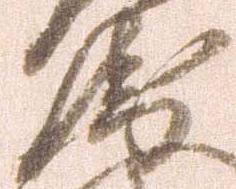
衛